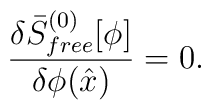
{\delta \bar{S}^{(0)}_{free}[\phi] \over \delta\phi(\hat{x})}=0.